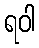
ရဝါ